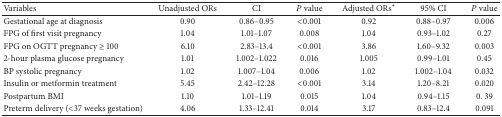
<table><thead><tr><td><b>Variables</b></td><td><b>Unadjusted ORs</b></td><td><b>CI</b></td><td><b><i>P</i> value</b></td><td><b>Adjusted ORs<sup><i>∗</i></sup></b></td><td><b>95% CI</b></td><td><b><i>P</i> value</b></td></tr></thead><tbody><tr><td>Gestational age at diagnosis</td><td>0.90</td><td>0.86–0.95</td><td>&lt;0.001</td><td>0.92</td><td>0.88–0.97</td><td>0.006</td></tr><tr><td>FPG of first visit pregnancy</td><td>1.04</td><td>1.01–1.07</td><td>0.008</td><td>1.04</td><td>0.93–1.02</td><td>0.27</td></tr><tr><td>FPG on OGTT pregnancy ≥ 100</td><td>6.10</td><td>2.83–13.4</td><td>&lt;0.001</td><td>3.86</td><td>1.60–9.32</td><td>0.003</td></tr><tr><td>2-hour plasma glucose pregnancy</td><td>1.01</td><td>1.002–1.022</td><td>0.016</td><td>1.005</td><td>0.99–1.01</td><td>0.45</td></tr><tr><td>BP systolic pregnancy</td><td>1.02</td><td>1.007–1.04</td><td>0.006</td><td>1.02</td><td>1.002–1.04</td><td>0.032</td></tr><tr><td>Insulin or metformin treatment</td><td>5.45</td><td>2.42–12.28</td><td>&lt;0.001</td><td>3.14</td><td>1.20–8.21</td><td>0.020</td></tr><tr><td>Postpartum BMI</td><td>1.10</td><td>1.01–1.19</td><td>0.015</td><td>1.04</td><td>0.94–1.15</td><td>0. 39</td></tr><tr><td>Preterm delivery (&lt;37 weeks gestation)</td><td>4.06</td><td>1.33–12.41</td><td>0.014</td><td>3.17</td><td>0.83–12.4</td><td>0.091</td></tr></tbody></table>